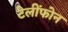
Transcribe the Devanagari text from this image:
टेलींफोन